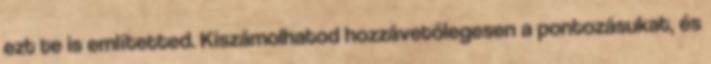
ezt te is említetted. Kiszámolhatod hozzávetőlegesen a pontozásukat, és